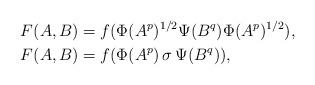
LaTeX: \begin{align*}F(A,B)&=f(\Phi(A^p)^{1/2}\Psi(B^q)\Phi(A^p)^{1/2}), \\F(A,B)&=f(\Phi(A^p)\,\sigma\,\Psi(B^q)), \end{align*}